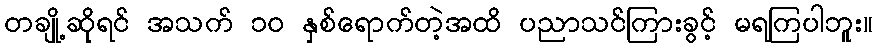
တချို့ဆိုရင် အသက် ၁၀ နှစ်ရောက်တဲ့အထိ ပညာသင်ကြားခွင့် မရကြပါဘူး။